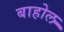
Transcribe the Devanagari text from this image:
बाहोल